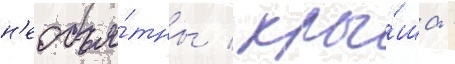
н'еобъя́тны / кры́ша -